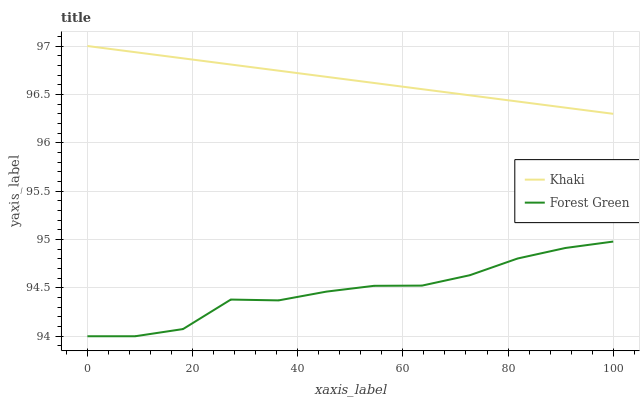
| xaxis_label | Khaki | Forest Green |
 | --- | --- | --- |
 | 0 | 97 | 94 |
 | 9.09 | 96.9 | 94 |
 | 18.2 | 96.9 | 94.1 |
 | 27.3 | 96.8 | 94.4 |
 | 36.4 | 96.7 | 94.4 |
 | 45.5 | 96.7 | 94.5 |
 | 54.5 | 96.6 | 94.5 |
 | 63.6 | 96.6 | 94.5 |
 | 72.7 | 96.5 | 94.6 |
 | 81.8 | 96.4 | 94.8 |
 | 90.9 | 96.4 | 94.9 |
 | 100 | 96.3 | 95 |